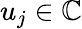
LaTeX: u_{j}\in\mathbb{C}